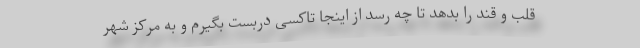
قلب و قند را بدهد تا چه رسد از اینجا تاکسی دربست بگیرم و به مرکز شهر